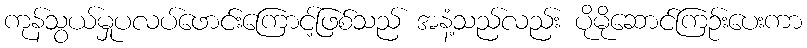
ကုန်သွယ်မှုပလပ်ဖောင်းကြောင့်ဖြစ်သည် အနံ့သည်လည်း ပိုမိုဆောင်ကြဉ်းပေးကာ